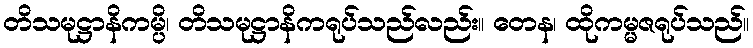
တိသမုဋ္ဌာနိကမ္ပိ၊ တိသမုဋ္ဌာနိကရုပ်သည်လည်း။ တေန၊ ထိုကမ္မဇရုပ်သည်။